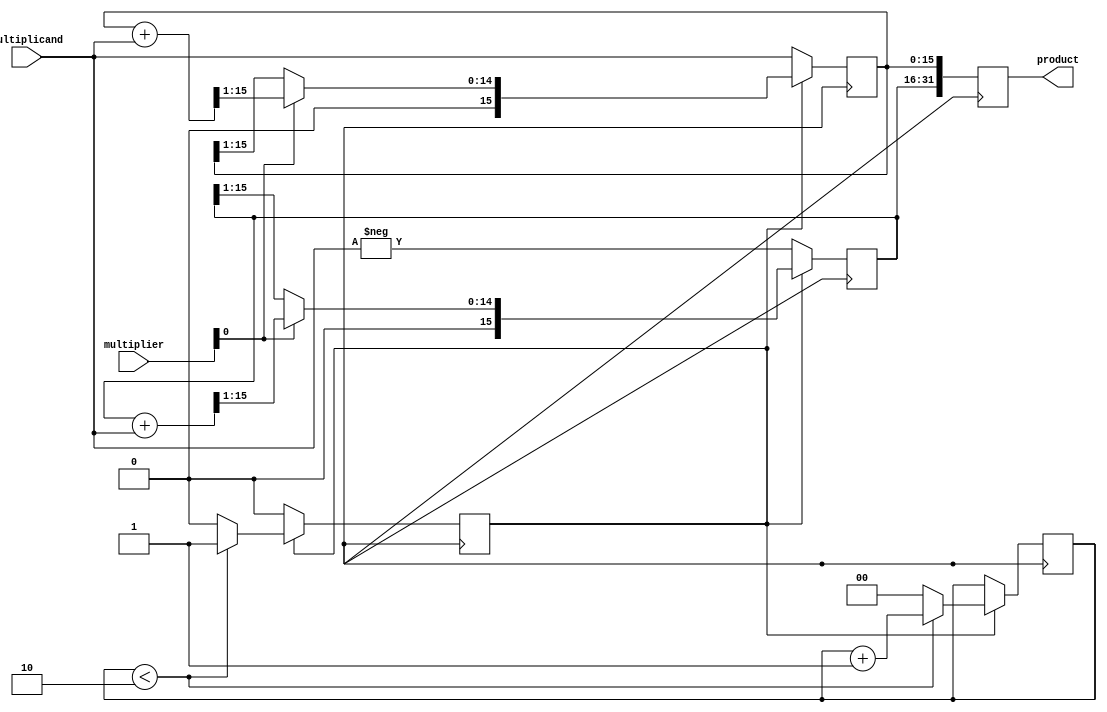
module modified_booth_multiplier(
    input [15:0] multiplicand,
    input [15:0] multiplier,
    output reg signed [31:0] product
);

reg [15:0] a;
reg [15:0] s;
reg [1:0] count;
reg control;

always @(posedge clk) begin
    if (control == 1'b0) begin
        a <= multiplicand;
        s <= -multiplicand;
    end else begin
        if (multiplier[0] == 1'b0) begin
            a <= a >> 1;
            s <= s >> 1;
        end else begin
            a <= (a + multiplicand) >> 1;
            s <= (s + multiplicand) >> 1;
        end
        
        if (count < 2) begin
            count <= count + 1;
        end else begin
            count <= 0;
            control <= 1'b0;
        end
    end
end

always @(posedge clk) begin
    product <= {s,a};
end

endmodule